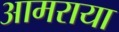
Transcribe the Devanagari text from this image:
आमराया